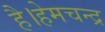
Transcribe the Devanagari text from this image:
है।हेमचन्द्र